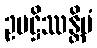
ဥပဋ္ဌိဿန္တိမံ